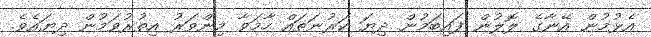
އެޅުމުން އޭނާގެ ލޮލުން ފައިބަމުން ދިޔަ ކަރުނަތައް ހާމަވާ މިންވަރު އިތުރުވަމުން ދިޔައެވެ.